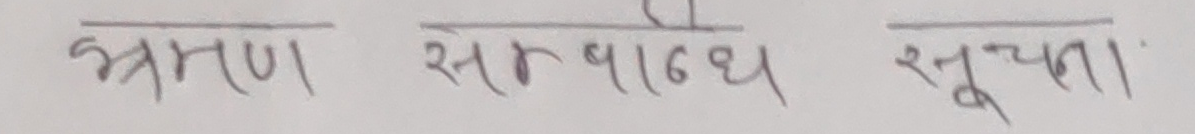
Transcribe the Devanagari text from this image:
भ्रमण सम्बन्धि सूचना ।